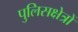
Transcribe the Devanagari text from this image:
पुलिसक्षेत्रों